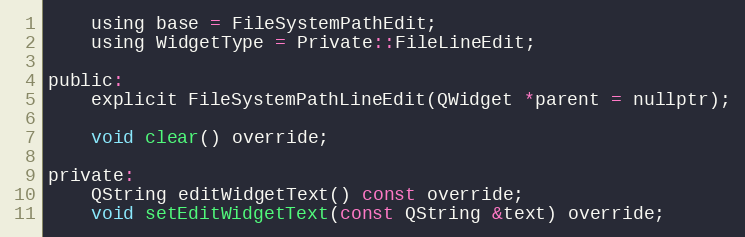
Language: C
    using base = FileSystemPathEdit;
    using WidgetType = Private::FileLineEdit;

public:
    explicit FileSystemPathLineEdit(QWidget *parent = nullptr);

    void clear() override;

private:
    QString editWidgetText() const override;
    void setEditWidgetText(const QString &text) override;